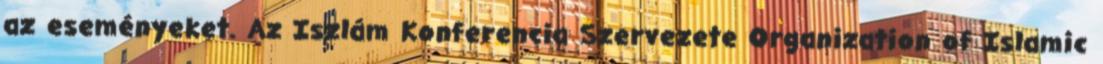
az eseményeket. Az Iszlám Konferencia Szervezete Organization of Islamic